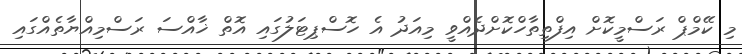
މި ކޭމްޕް ރަސްމީކޮށް އިފްތިތާހްކޮށްދެއްވީ މިއަދު އެ ހޮސްޕިޓަލުގައި އޮތް ޚާއްސަ ރަސްމިއްޔާތެއްގައި